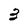
Character: 3